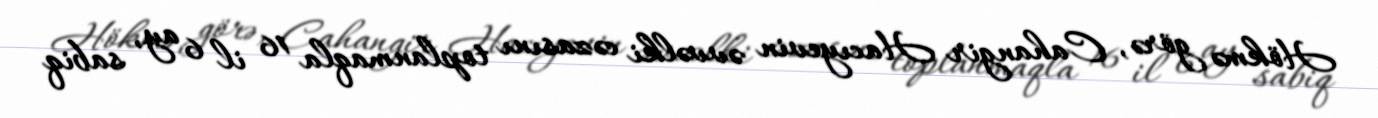
Hökmə görə, Cahangir Hacıyevin əvvəlki cəzasını toplanmaqla 16 il 6 ay, sabiq